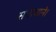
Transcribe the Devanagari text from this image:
समाधाने।